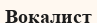
Вокалист